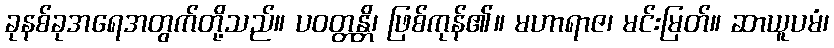
ခုနစ်ခုအရေအတွက်တို့သည်။ ပဝတ္တန္တိ၊ ဖြစ်ကုန်၏။ မဟာရာဇ၊ မင်းမြတ်။ ဆာယူပမံ၊